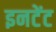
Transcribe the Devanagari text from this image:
इनटेंट